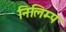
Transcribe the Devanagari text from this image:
निलिम्प